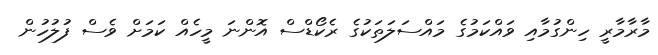
މާރާމާރީ ހިންގުމާއި ވައްކަމުގެ މައްސަލަތަކުގެ ރެކޯޑްސް އޮންނަ މީހެއް ކަމަށް ވެސް ފުލުހުން